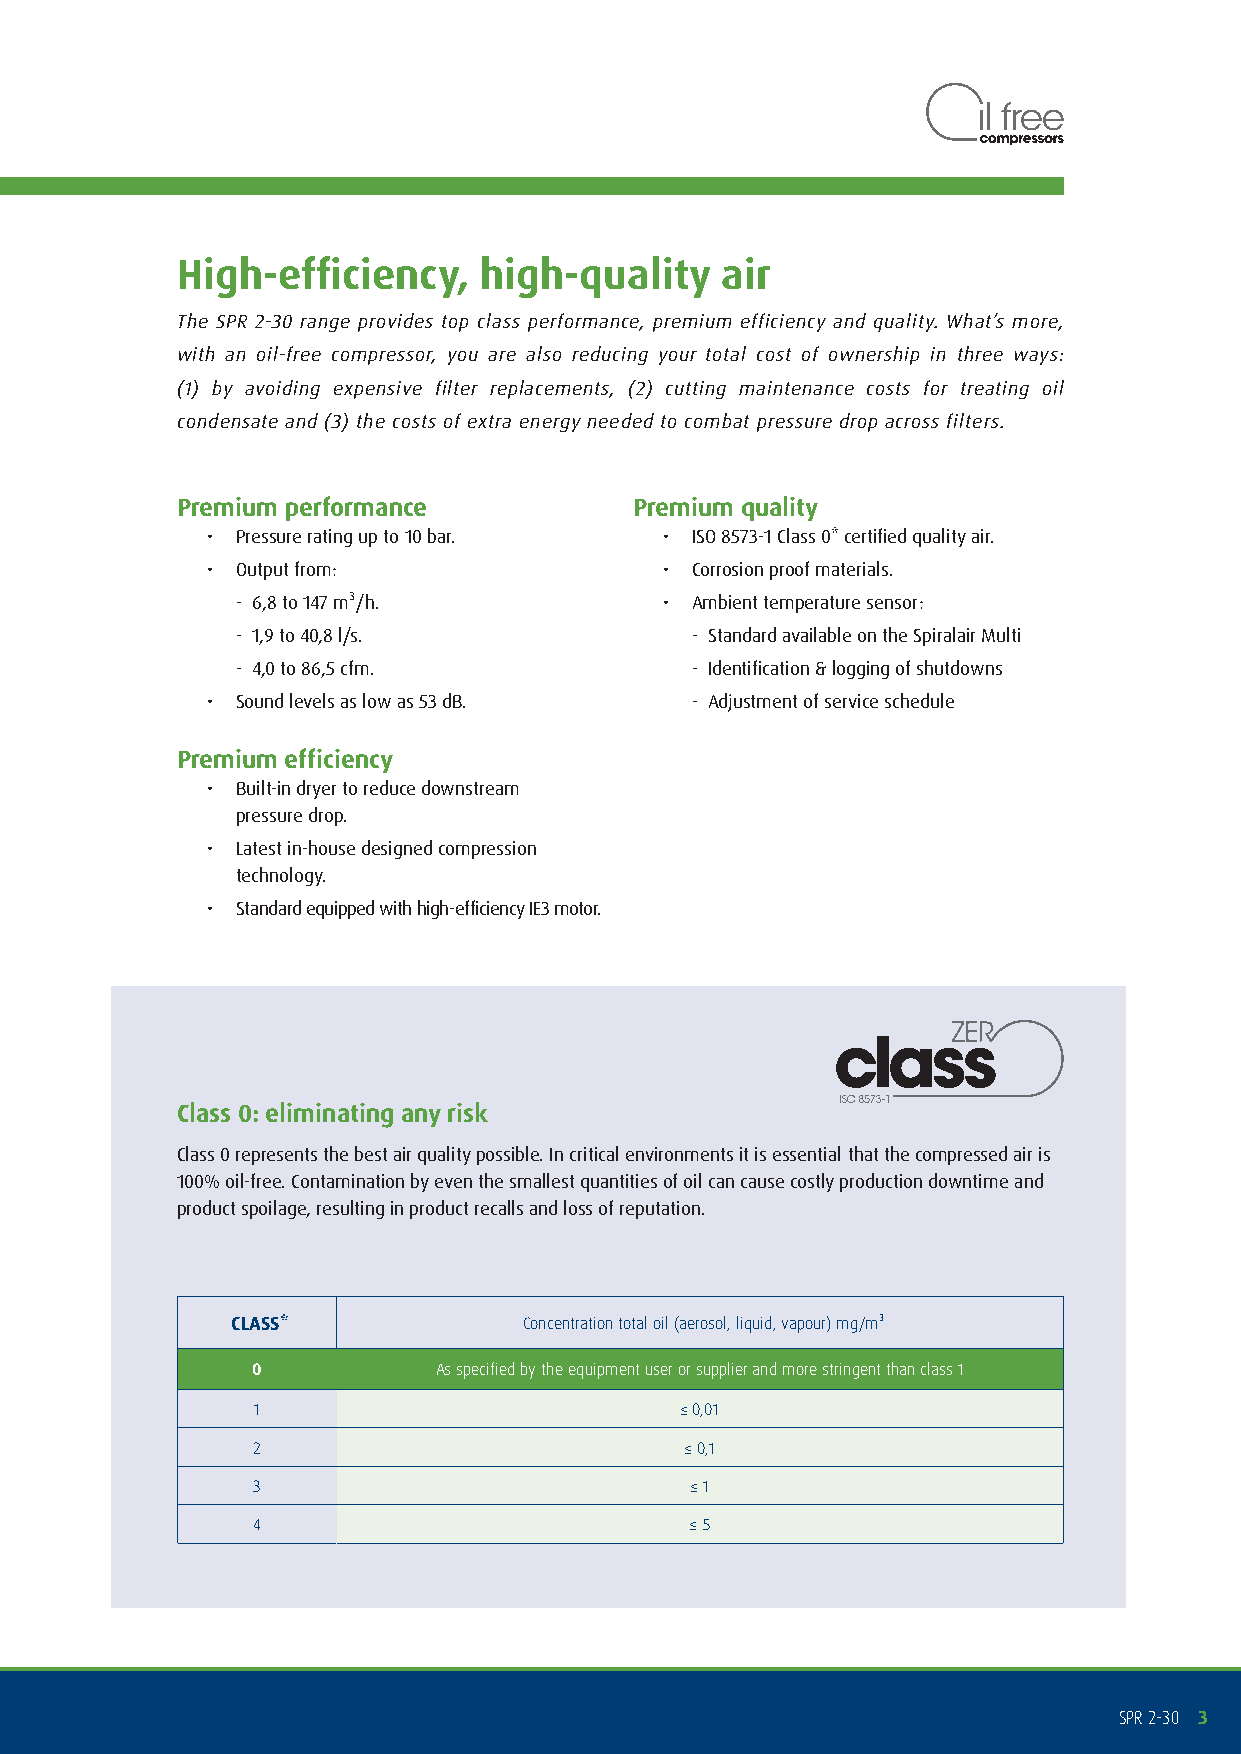
High-efficiency,    high-quality    air
 The SPR 2-30 range provides top class performance, premium efficiency and quality. What’s more,
 with an oil-free compressor, you are also reducing your total cost of ownership in three ways:
 (1) by avoiding expensive filter replacements, (2) cutting maintenance costs for treating oil
 condensate and (3) the costs of extra energy needed to combat pressure drop across filters.
 Premium performance           Premium quality
 • Pressure rating up to 10 bar. • ISO 8573-1 Class 0* certified quality air.
 • Output from:                • Corrosion proof materials.
 - 6,8 to 147 m³/h.          • Ambient temperature sensor:
 - 1,9 to 40,8 l/s.            - Standard available on the Spiralair Multi
 - 4,0 to 86,5 cfm.            - Identification & logging of shutdowns
 • Sound levels as low as 53 dB. - Adjustment of service schedule
 Premium efficiency
 • Built-in dryer to reduce downstream
 pressure drop.
 • Latest in-house designed compression
 technology.
 • Standard equipped with high-efficiency IE3 motor.
 Class 0: eliminating any risk
 Class 0 represents the best air quality possible. In critical environments it is essential that the compressed air is
 100% oil-free. Contamination by even the smallest quantities of oil can cause costly production downtime and
 product spoilage, resulting in product recalls and loss of reputation.
 CLASS*              Concentration total oil (aerosol, liquid, vapour) mg/m³
 0           As specified by the equipment user or supplier and more stringent than class 1
 1                           ≤ 0,01
 2                           ≤ 0,1
 3                            ≤ 1
 4                            ≤ 5
 SPR 2-30 3